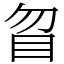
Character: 䀜